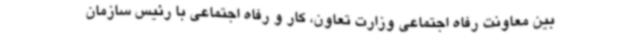
بین معاونت رفاه اجتماعی وزارت تعاون، کار و رفاه اجتماعی با رئیس سازمان